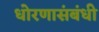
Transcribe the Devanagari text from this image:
धोरणासंबंधी